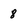
Character: 8